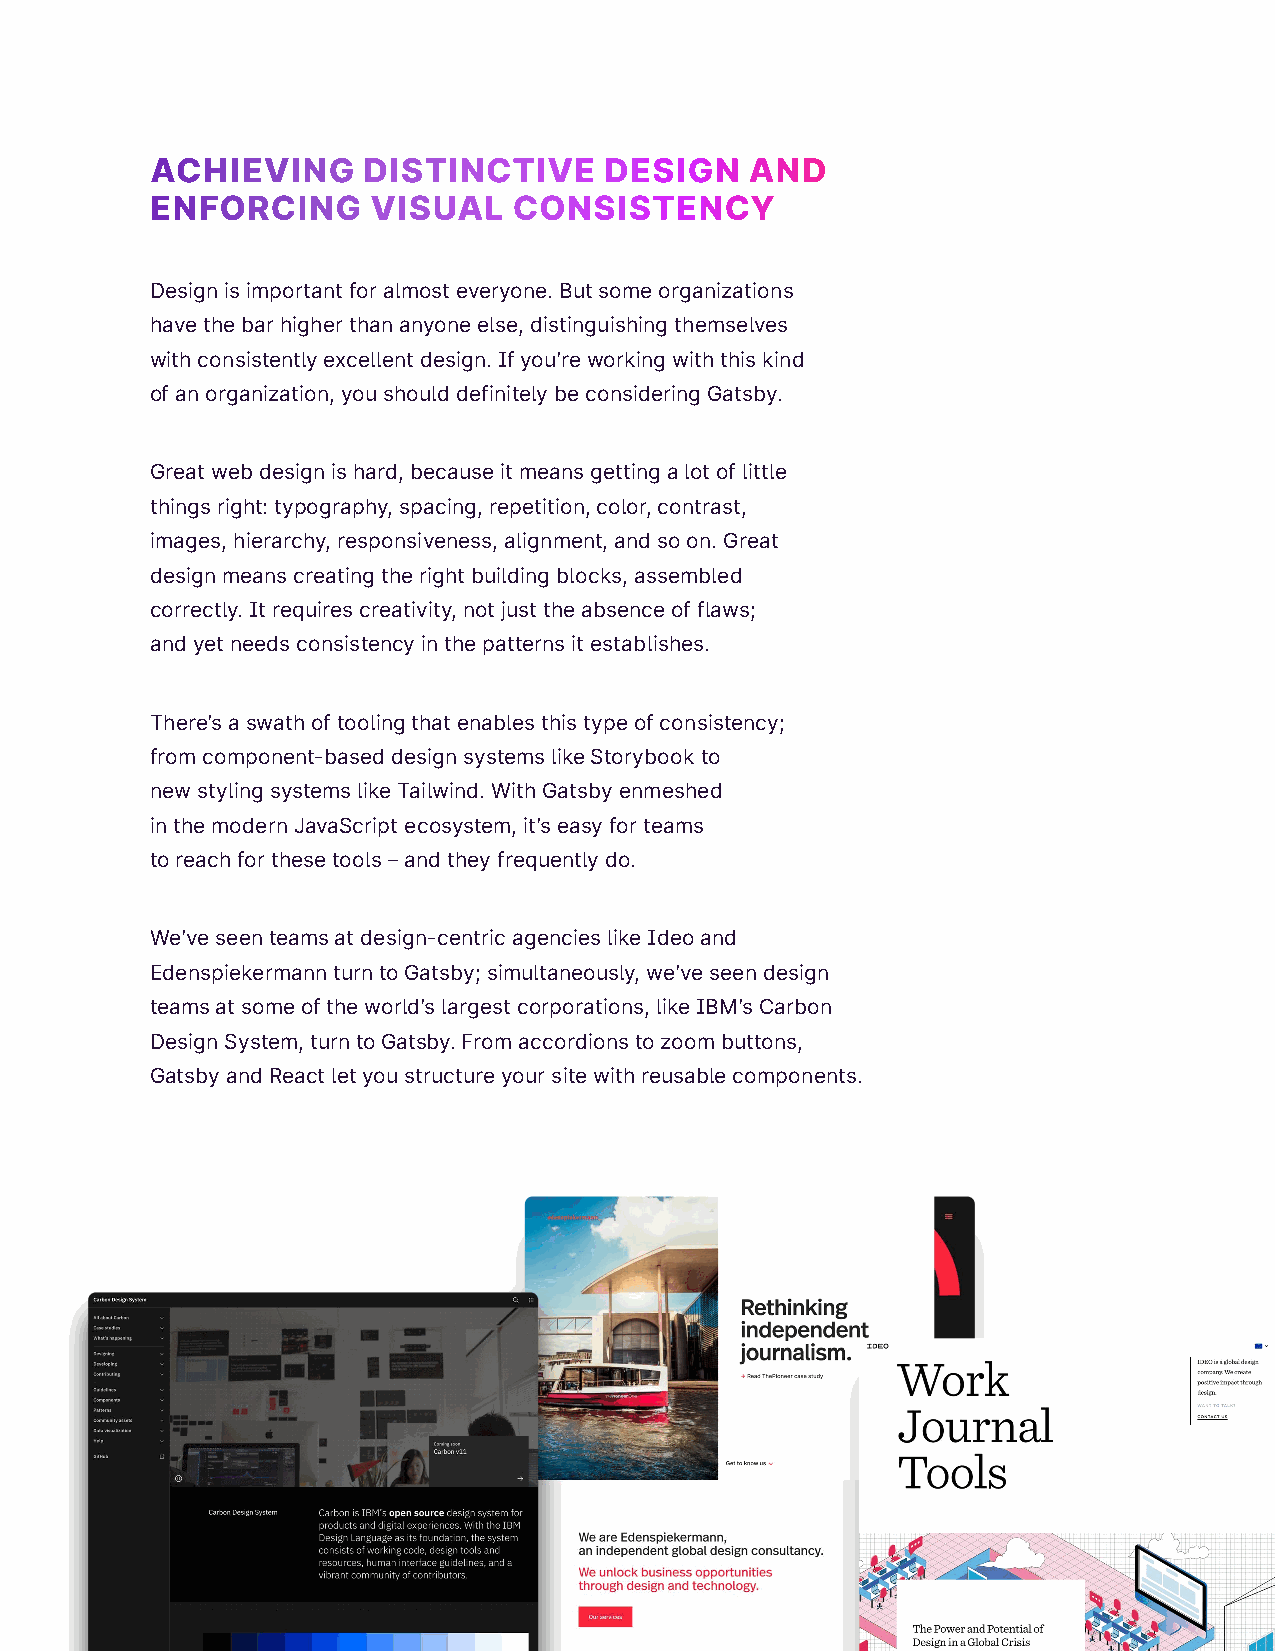
ACHIEVING     DISTINCTIVE     DESIGN    AND
 ENFORCING      VISUAL   CONSISTENCY
 Design is important for almost everyone. But some organizations
 have the bar higher than anyone else, distinguishing themselves
 with consistently excellent design. If you’re working with this kind
 of an organization, you should definitely be considering Gatsby.
 Great web design is hard, because it means getting a lot of little
 things right: typography, spacing, repetition, color, contrast,
 images, hierarchy, responsiveness, alignment, and so on. Great
 design means creating the right building blocks, assembled
 correctly. It requires creativity, not just the absence of flaws;
 and yet needs consistency in the patterns it establishes.
 There’s a swath of tooling that enables this type of consistency;
 from component-based design systems like Storybook to
 new styling systems like Tailwind. With Gatsby enmeshed
 in the modern JavaScript ecosystem, it’s easy for teams
 to reach for these tools – and they frequently do.
 We’ve seen teams at design-centric agencies like Ideo and
 Edenspiekermann turn to Gatsby; simultaneously, we’ve seen design
 teams at some of the world’s largest corporations, like IBM’s Carbon
 Design System, turn to Gatsby. From accordions to zoom buttons,
 Gatsby and React let you structure your site with reusable components.
 15